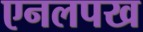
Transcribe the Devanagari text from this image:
एनलपख